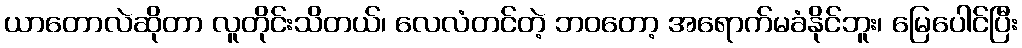
ယာတောလဲဆိုတာ လူတိုင်းသိတယ်၊ လေလံတင်တဲ့ ဘဝတော့ အရောက်မခံနိုင်ဘူး၊ မြေပေါင်ပြီး